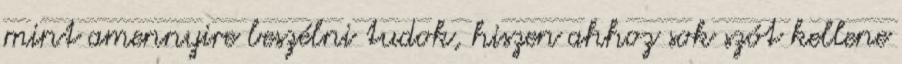
mint amennyire beszélni tudok, hiszen ahhoz sok szót kellene